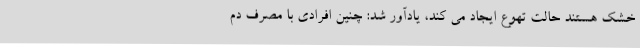
خشک هستند حالت تهوع ایجاد می کند، یادآور شد: چنین افرادی با مصرف دم